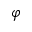
\varphi